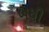
બધી